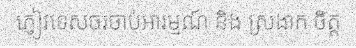
ភ្ញៀវទេសចរចាប់អារម្មណ៍ និង ស្រងាក ចិត្ត